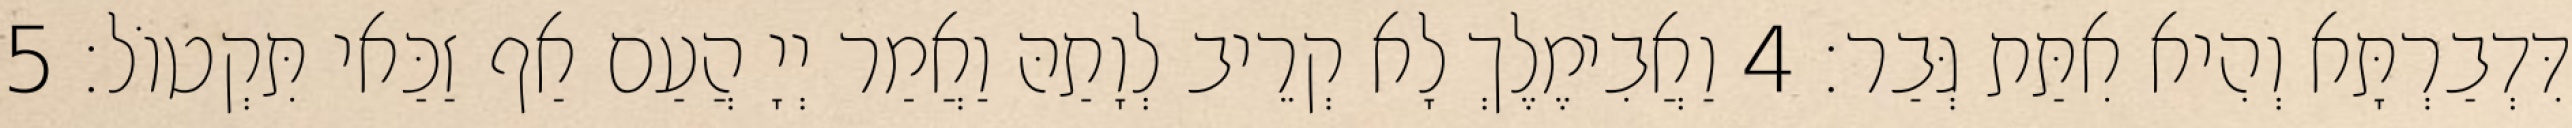
דִּדְבַרְתָּא וְהִיא אִתַּת גְּבַר׃ 4 וַאֲבִימֶלֶךְ לָא קְרֵיב לְוָתַהּ וַאֲמַר יְיָ הֲעַם אַף זַכַּאי תִּקְטוֹל׃ 5